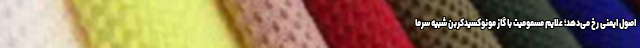
اصول ایمنی رخ می‌دهد؛ علایم مسمومیت با گاز مونوکسیدکربن شبیه سرما